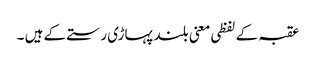
عقبہ کے لفظی معنی بلند پہاڑی رستے کے ہیں ۔